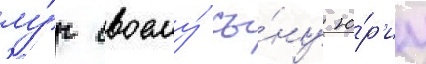
лу́г своему́ сы́ну ю́р'иу